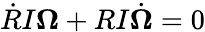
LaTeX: \dot{R}I{\boldsymbol\Omega}+RI\dot{\boldsymbol\Omega}=0